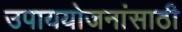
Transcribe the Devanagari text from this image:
उपाययोजनांसाठी